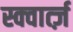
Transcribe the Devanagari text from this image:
स्क्वार्त्ज़